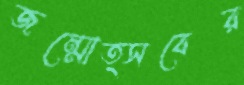
জন্মোত্সবের